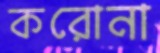
করোনা